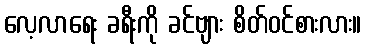
လေ့လာရေး ခရီးကို ခင်ဗျား စိတ်ဝင်စားလား။